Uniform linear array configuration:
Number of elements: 4
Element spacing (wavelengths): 0.75
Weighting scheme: kaiser
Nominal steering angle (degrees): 15
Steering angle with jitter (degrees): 16.519
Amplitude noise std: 0.05
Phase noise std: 0.05

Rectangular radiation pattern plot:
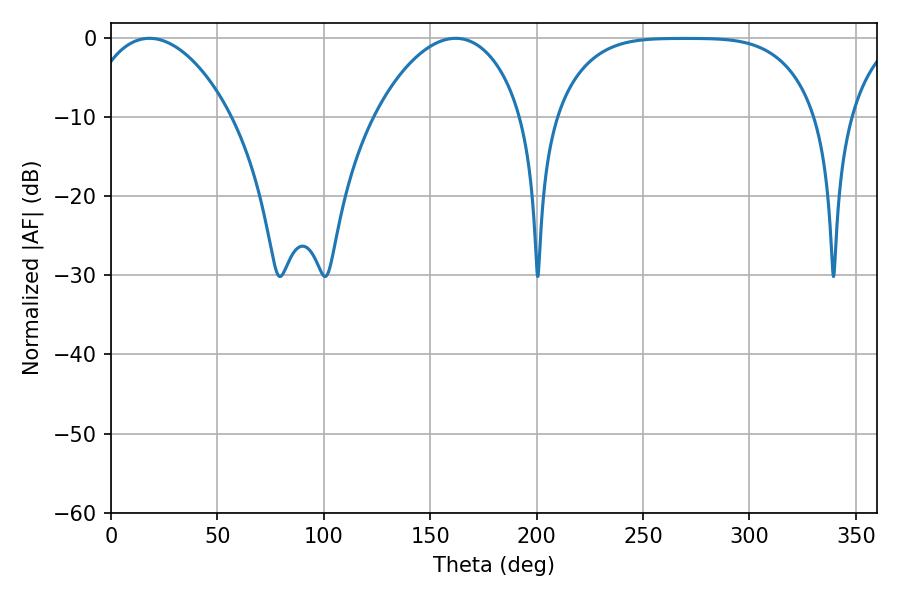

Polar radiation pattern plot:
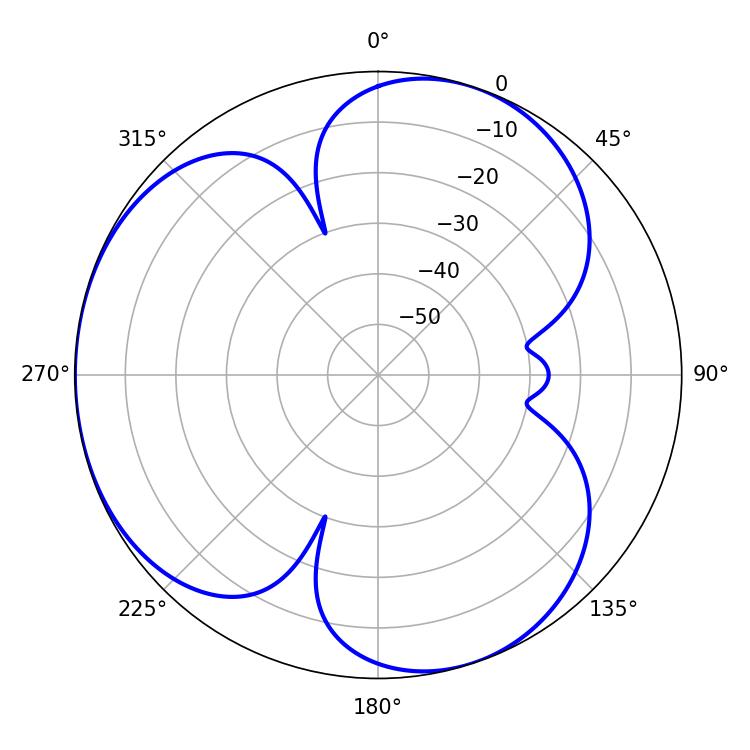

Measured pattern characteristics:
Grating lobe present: TRUE
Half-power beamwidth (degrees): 38.88
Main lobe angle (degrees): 18